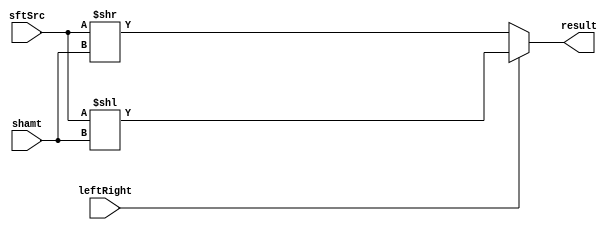
module Shifter( result, leftRight, shamt, sftSrc );

//I/O ports 
output	[32-1:0] result;

input			leftRight;
input	[5-1:0] shamt;
input	[32-1:0] sftSrc ;

//Internal Signals
wire	[32-1:0] result;
  
//Main function
/*your code here*/
assign result=(leftRight)?sftSrc<<shamt:sftSrc>>shamt;

endmodule